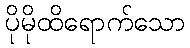
ပိုမိုထိရောက်သော